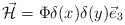
LaTeX: \begin{align*}\vec{{\cal H}}=\Phi \delta (x) \delta (y) \vec{e}_3\end{align*}